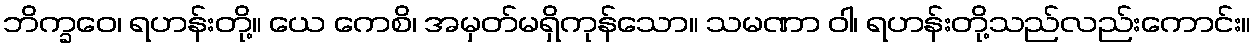
ဘိက္ခဝေ၊ ရဟန်းတို့။ ယေ ကေစိ၊ အမှတ်မရှိကုန်သော။ သမဏာ ဝါ၊ ရဟန်းတို့သည်လည်းကောင်း။